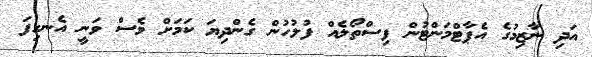
އަދި ނާޒިމުގެ އެޕާޓްމަންޓުން ފިސްތޯލެއް ފުލުހުން ގެންދިޔަ ކަމަށް ވެސް ވަނީ އެނގިފަ